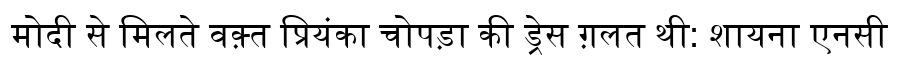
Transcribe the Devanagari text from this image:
मोदी से मिलते वक़्त प्रियंका चोपड़ा की ड्रेस ग़लत थी: शायना एनसी